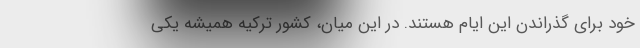
خود برای گذراندن این ایام هستند. در این میان، کشور ترکیه همیشه یکی